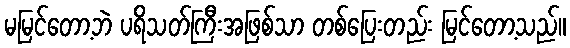
မမြင်တော့ဘဲ ပရိသတ်ကြီးအဖြစ်သာ တစ်ပြေးတည်း မြင်တော့သည်။